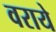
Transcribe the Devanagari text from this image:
वराये